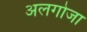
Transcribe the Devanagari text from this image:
अलगोजा